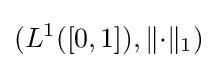
(L^{1}([0,1]),\|{\cdot }\|_{1})